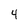
Character: 4